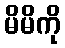
မိမိကို